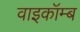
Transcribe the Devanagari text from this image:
वाइकॉम्ब